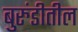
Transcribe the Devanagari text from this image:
बुरुंडीतील